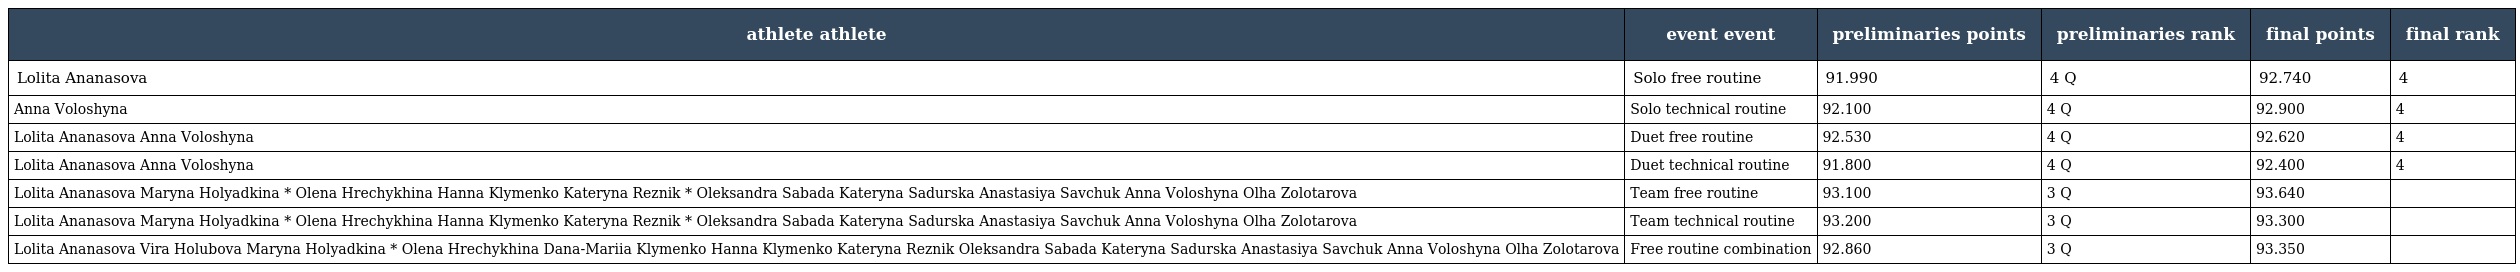
| athlete athlete | event event | preliminaries points | preliminaries rank | final points | final rank |
 | --- | --- | --- | --- | --- | --- |
 | Lolita Ananasova | Solo free routine | 91.990 | 4 Q | 92.740 | 4 |
 | Anna Voloshyna | Solo technical routine | 92.100 | 4 Q | 92.900 | 4 |
 | Lolita Ananasova Anna Voloshyna | Duet free routine | 92.530 | 4 Q | 92.620 | 4 |
 | Lolita Ananasova Anna Voloshyna | Duet technical routine | 91.800 | 4 Q | 92.400 | 4 |
 | Lolita Ananasova Maryna Holyadkina * Olena Hrechykhina Hanna Klymenko Kateryna Reznik * Oleksandra Sabada Kateryna Sadurska Anastasiya Savchuk Anna Voloshyna Olha Zolotarova | Team free routine | 93.100 | 3 Q | 93.640 |  |
 | Lolita Ananasova Maryna Holyadkina * Olena Hrechykhina Hanna Klymenko Kateryna Reznik * Oleksandra Sabada Kateryna Sadurska Anastasiya Savchuk Anna Voloshyna Olha Zolotarova | Team technical routine | 93.200 | 3 Q | 93.300 |  |
 | Lolita Ananasova Vira Holubova Maryna Holyadkina * Olena Hrechykhina Dana-Mariia Klymenko Hanna Klymenko Kateryna Reznik Oleksandra Sabada Kateryna Sadurska Anastasiya Savchuk Anna Voloshyna Olha Zolotarova | Free routine combination | 92.860 | 3 Q | 93.350 |  |